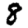
Digit: 8